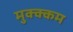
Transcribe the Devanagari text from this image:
मुक्क्कम